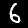
Digit: 6